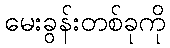
မေးခွန်းတစ်ခုကို